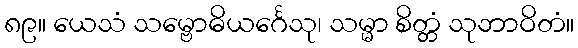
၈၉။ ယေသံ သမ္ဗောဓိယင်္ဂေသု၊ သမ္မာ စိတ္တံ သုဘာဝိတံ။